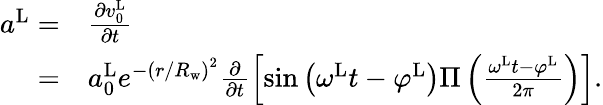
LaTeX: \begin{array}{rl}{a^{\mathrm{L}}=}&{\frac{\partial v_{0}^{\mathrm{L}}}{\partial t}}\\ {=}&{a_{0}^{\mathrm{L}}e^{-{({r/R_{\mathrm{w}}})}^{2}}\frac{\partial}{\partial t}\left\lbrack{\sin\left({\omega^{\mathrm{L}}t-\varphi^{\mathrm{L}}}\right)}\Pi\left(\frac{\omega^{\mathrm{L}}t-\varphi^{\mathrm{L}}}{2\pi}\right)\right\rbrack.}\end{array}